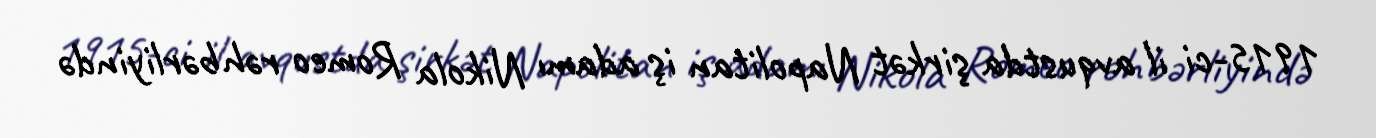
1915-ci il avqustda şirkət Napolitan iş adamı Nikola Romeo rəhbərliyində